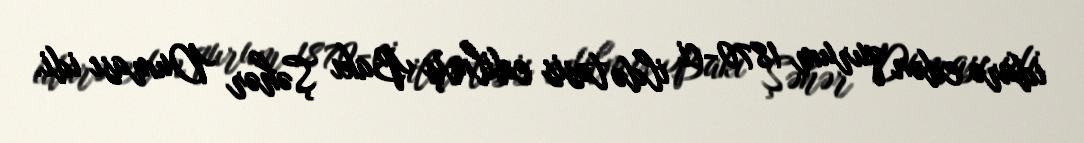
idarə edən qurum 1870-ci ildə təsis edilmiş Bakı Şəhər Duması idi.